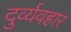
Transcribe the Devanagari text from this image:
दुर्व्‍यवहार